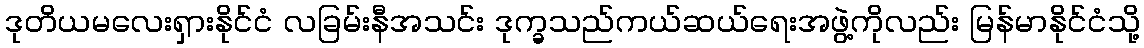
ဒုတိယမလေးရှားနိုင်ငံ လခြမ်းနီအသင်း ဒုက္ခသည်ကယ်ဆယ်ရေးအဖွဲ့ကိုလည်း မြန်မာနိုင်ငံသို့